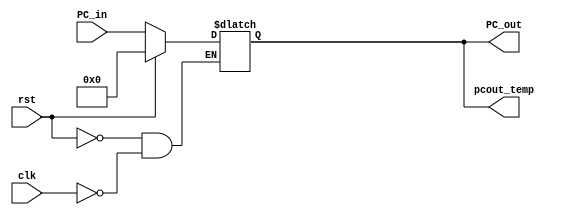
`timescale 1ns / 1ps
//////////////////////////////////////////////////////////////////////////////////
// Company: 
// Engineer: 
// 
// Design Name: 
// Module Name: PC
// Project Name: 
// Target Devices: 
// Tool Versions: 
// Description: 
// 
// Dependencies: 
// 
// Revision:
// Revision 0.01 - File Created
// Additional Comments:
// 
//////////////////////////////////////////////////////////////////////////////////
module PC(
    input rst,clk,
    input [15:0] PC_in,
    output reg [15:0] PC_out,
    output reg [15:0] pcout_temp
    );
initial
    begin
        PC_out <= 16'b0000_0000_0000_0000;
        pcout_temp <= 16'b0000_0000_0000_0000;
    end
always @ (PC_in)
    begin
        if(rst) 
            begin
                PC_out <= 16'b0000_0000_0000_0000;
                pcout_temp <= 16'b0000_0000_0000_0000;
            end    
        else if(clk) 
            begin 
                PC_out <= PC_in;
                pcout_temp <= PC_in;
            end
            $display("PC=%b",PC_out);    
    end 
endmodule